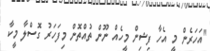
"އަހަރެން މީ އެހާ ފިޝިން މީހެއް ނޫން ތުއްތޮން މިފަހަރު ގޮސްލާ މީކާ